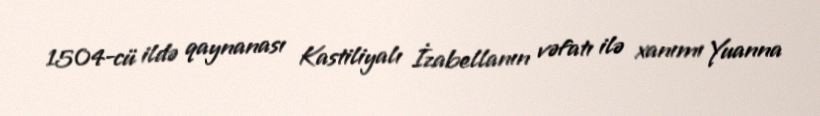
1504-cü ildə qaynanası Kastiliyalı İzabellanın vəfatı ilə xanımı Yuanna